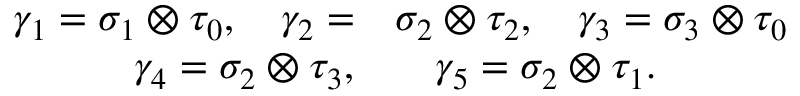
\begin{array} { r l } { \gamma _ { 1 } = \sigma _ { 1 } \otimes \tau _ { 0 } , \quad \gamma _ { 2 } = } & { { } \sigma _ { 2 } \otimes \tau _ { 2 } , \quad \gamma _ { 3 } = \sigma _ { 3 } \otimes \tau _ { 0 } } \\ { \gamma _ { 4 } = \sigma _ { 2 } \otimes \tau _ { 3 } , } & { { } \quad \gamma _ { 5 } = \sigma _ { 2 } \otimes \tau _ { 1 } . } \end{array}